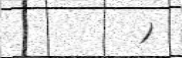
)